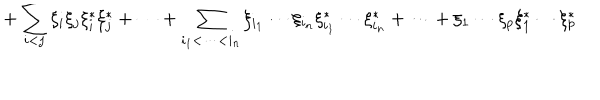
+ \sum _ { i < j } \xi _ { i } \xi _ { j } \xi _ { i } ^ { * } \xi _ { j } ^ { * } + \cdots + \sum _ { i _ { 1 } < \cdots < i _ { n } } \xi _ { i _ { 1 } } \cdots \xi _ { i _ { n } } \xi _ { i _ { 1 } } ^ { * } \cdots \xi _ { i _ { n } } ^ { * } + \cdots + \xi _ { 1 } \cdots \xi _ { p } \xi _ { 1 } ^ { * } \cdots \xi _ { p } ^ { * }